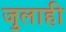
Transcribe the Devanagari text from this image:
जुलाही